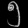
Digit: ၅